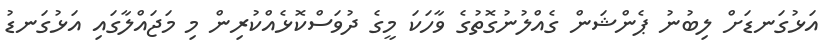
އަޅުގަނޑަށް ލިބުނު ޕެންޝަން ގެއްލުނުގޮތުގެ ވާހަކަ މީގެ ދުވަސްކޮޅެއްކުރިން މި މަޖައްލާގައި އަޅުގަނޑު